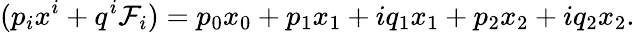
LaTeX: (p_{i}x^{i}+q^{i}\mathcal{F}_{i})=p_{0}x_{0}+p_{1}x_{1}+iq_{1}x_{1}+p_{2}x_{2}+iq_{2}x_{2}.